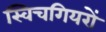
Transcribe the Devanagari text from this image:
स्विचगियरों